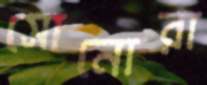
সোনোরা